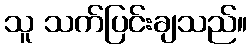
သူ သက်ပြင်းချသည်။